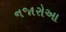
નજારોઆ